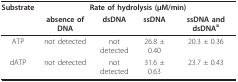
| Substrate | <COLSPAN=4> Rate of hydrolysis (μM/min) |
 |  | absence of DNA | dsDNA | ssDNA | ssDNA and dsDNAa |
 | --- | --- | --- | --- | --- |
 | ATP | not detected | not detected | 26.8 ± 0.40 | 20.3 ± 0.36 |
 | dATP | not detected | not detected | 31.6 ± 0.63 | 23.7 ± 0.43 |